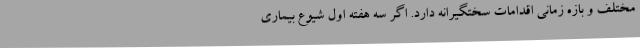
مختلف و بازه زمانی اقدامات سختگیرانه دارد. اگر سه هفته اول شیوع بیماری